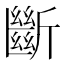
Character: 斷